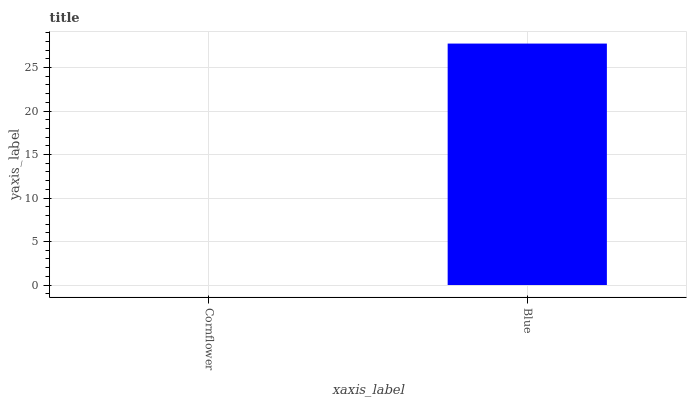
| xaxis_label | bars |
 | --- | --- |
 | Cornflower | 0 |
 | Blue | 27.7 |